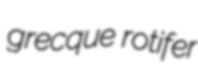
grecque rotifer